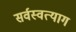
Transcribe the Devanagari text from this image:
सर्वस्वत्याग